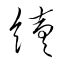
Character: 續